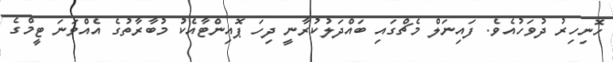
ހޮނިހިރު ދުވަހުއެވެ. ފައިނަލް މެޗްގައި ބައްދަލުކުރާނީ ދިހަ ޕޮއިންޓާއެކު މުބާރާތުގެ އެއްވަނަ ޓީމްގެ